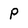
Character: P